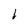
Character: h